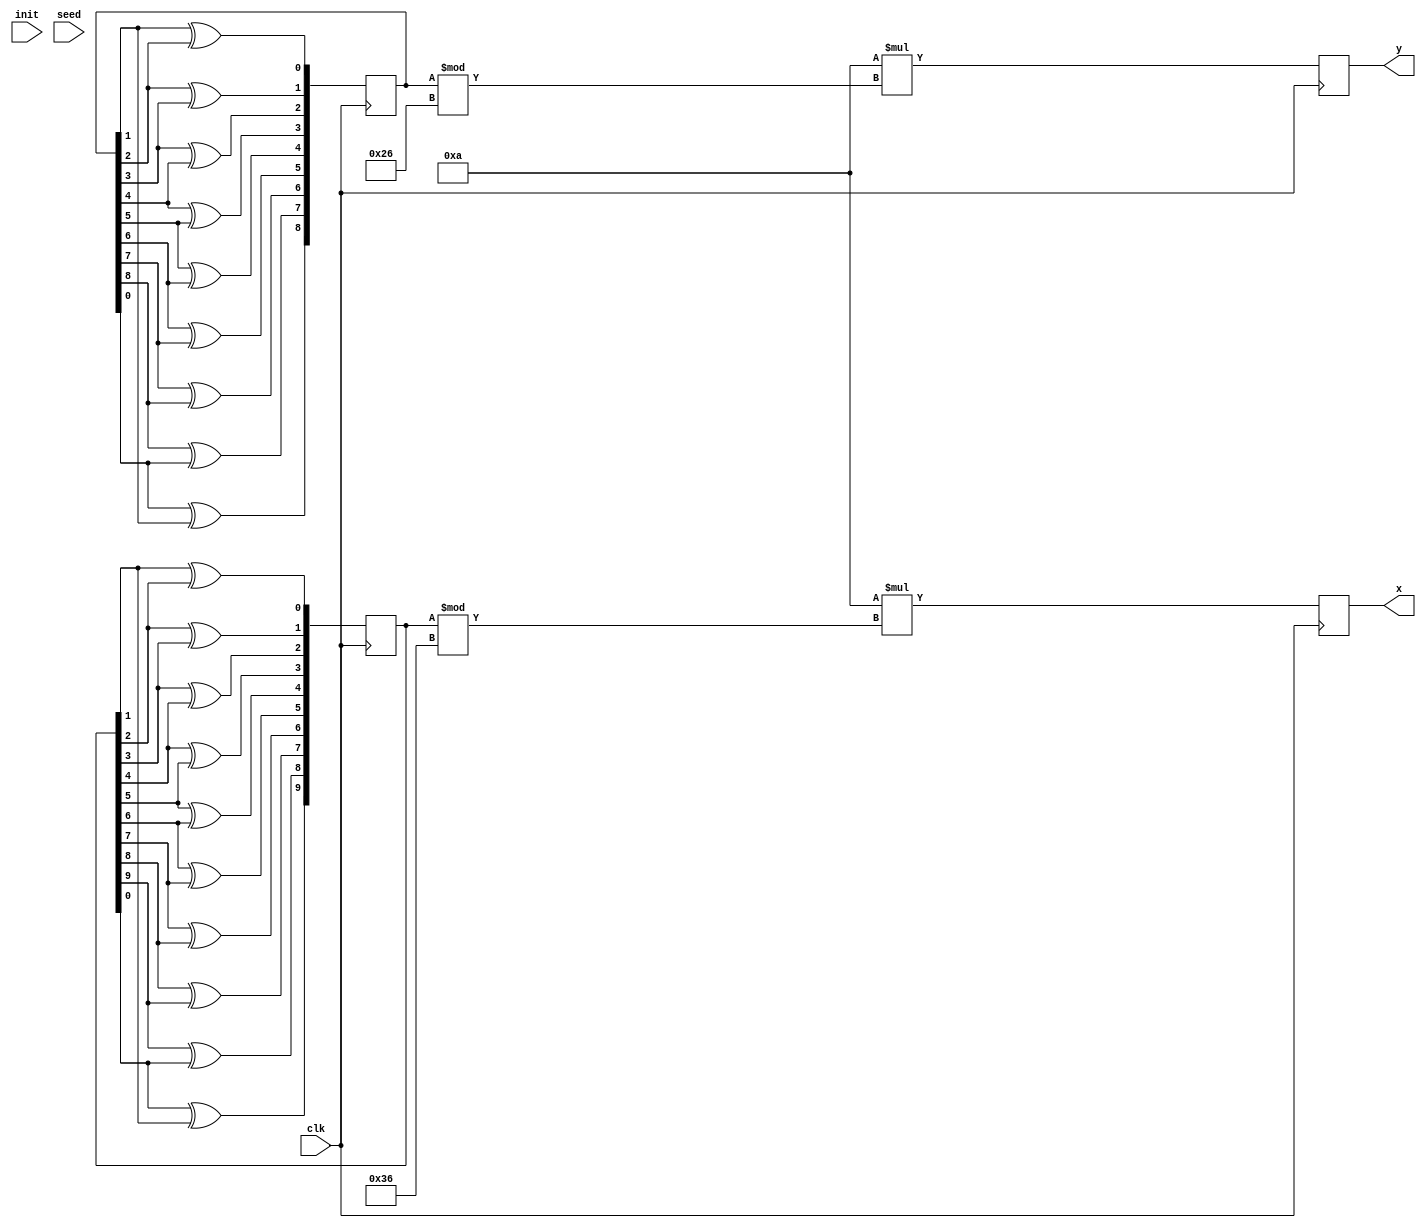
module Random_generator(
	input wire clk,
	input wire init,  // positive edge
	input wire [3:0] seed,
	output reg [9:0] x,
	output reg [8:0] y
    );

	reg [9:0] x_gen = 446;
	reg [8:0] y_gen = 324;
	
	reg old_init;

	initial begin
		x = 90;
		y = 80;
	end

	always @(posedge clk) begin
		old_init <= init;
	end

	always @(posedge clk) begin
		if (init == 1 && old_init == 1) begin
			x_gen[0] <= seed[0] ^ seed[1];
			x_gen[1] <= seed[2] ^ x_gen[0];
			x_gen[2] <= x_gen[0] ^ x_gen[1];
			x_gen[3] <= x_gen[1] ^ x_gen[2];
			x_gen[4] <= x_gen[2] ^ x_gen[3];
			x_gen[5] <= x_gen[3] ^ x_gen[4];
			x_gen[6] <= x_gen[4] ^ x_gen[5];
			x_gen[7] <= x_gen[5] ^ x_gen[6];
			x_gen[8] <= x_gen[6] ^ x_gen[7];
			x_gen[9] <= x_gen[7] ^ x_gen[8];
		end 
		x_gen[0] <= x_gen[1] ^ x_gen[2];
		x_gen[1] <= x_gen[2] ^ x_gen[3];
		x_gen[2] <= x_gen[3] ^ x_gen[4];
		x_gen[3] <= x_gen[4] ^ x_gen[5];
		x_gen[4] <= x_gen[5] ^ x_gen[6];
		x_gen[5] <= x_gen[6] ^ x_gen[7];
		x_gen[6] <= x_gen[7] ^ x_gen[8];
		x_gen[7] <= x_gen[8] ^ x_gen[9];
		x_gen[8] <= x_gen[9] ^ x_gen[0];
		x_gen[9] <= x_gen[0] ^ x_gen[1];
	end

	always @(posedge clk) begin
		if (init == 1 && old_init == 1) begin
			y_gen[0] <= seed[1] ^ seed[2];
			y_gen[1] <= seed[3] ^ y_gen[0];
			y_gen[2] <= y_gen[0] ^ y_gen[1];
			y_gen[3] <= y_gen[1] ^ y_gen[2];
			y_gen[4] <= y_gen[2] ^ y_gen[3];
			y_gen[5] <= y_gen[3] ^ y_gen[4];
			y_gen[6] <= y_gen[4] ^ y_gen[5];
			y_gen[7] <= y_gen[5] ^ y_gen[6];
			y_gen[8] <= y_gen[6] ^ y_gen[7];
		end
		y_gen[0] <= y_gen[1] ^ y_gen[2];
		y_gen[1] <= y_gen[2] ^ y_gen[3];
		y_gen[2] <= y_gen[3] ^ y_gen[4];
		y_gen[3] <= y_gen[4] ^ y_gen[5];
		y_gen[4] <= y_gen[5] ^ y_gen[6];
		y_gen[5] <= y_gen[6] ^ y_gen[7];
		y_gen[6] <= y_gen[7] ^ y_gen[8];
		y_gen[7] <= y_gen[8] ^ y_gen[0];
		y_gen[8] <= y_gen[0] ^ y_gen[1];
	end

	always @(posedge clk)
	begin
        x <= 10 * (x_gen % 54);
	end

	always @(posedge clk)
	begin
        y <= 10 * (y_gen % 38);
	end

endmodule